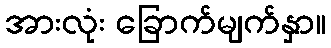
အားလုံး ခြောက်မျက်နှာ။